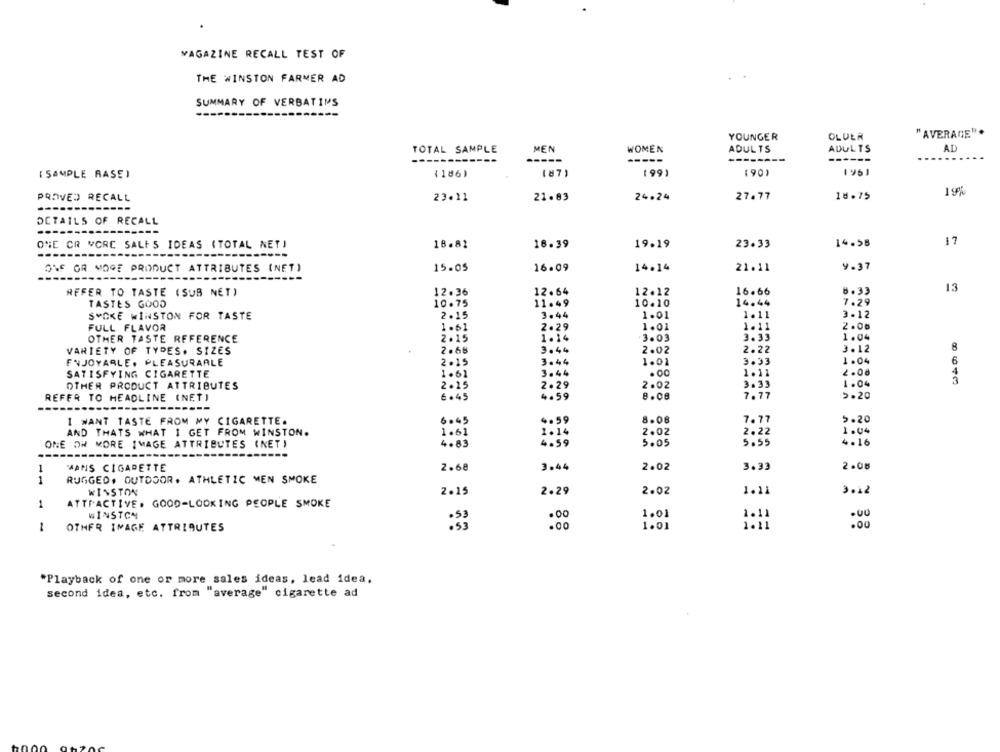
MAGAZINE RECALL TEST OF
THE WINSTON FARMER AD
SUMMARY OF VERBATIMS
---
YOUNGER
OLULA
"AVERAGE"
TOTAL SAMPLE
MEN
WOMEN
ADULTS
ADULTS
AD
---
---
[ SAMPLE RASE)
(186)
199
(90)
1961
24.24
18.75
1 5%
PROVED RECALL
23.11
21.83
27.77
--------
DETAILS OF RECALL
17
ONE OR MORE SALES IDEAS (TOTAL NET)
18.82
16.39
19.19
23.33
14.98
----
ONE OR MORE PRODUCT ATTRIBUTES (NET)
15.05
16.09
14.14
21.11
4.37
REFER TO TASTE (SUB NET)
12.36
12.64
12.12
16.66
8.33
13
7.29
TASTES GOOD
10.75
11.49
10.10
14.44
SMOKE WINSTON FOR TASTE
2.15
3.44
1.01
1.11
3- 12
FULL FLAVOR
1.6
2.29
1.01
1.11
2.00
OTHER TASTE REFERENCE
2.15
1.14
3.03
3.33
1.04
8
VARIETY OF TYDES. SIZES
2.68
3.44
2.02
2.22
3.12
ENJOYARLE. PLEASURABLE
2.1
3.44
1.01
9.33
1.04
6
SATISFYING CIGARETTE
1.61
3.44
.00
1.11
2.08
2.02
3.33
1.04
OTHER PRODUCT ATTRIBUTES
2.25
2.29
REFER TO HEADLINE (NET)
6.45
4.59
8.08
7.77
5.20
----
I WANT TASTE FROM MY CIGARETTE.
6.45
.. 59
8.08
7.77
5.20
AND THATS WHAT I GET FROM WINSTON.
1.61
1.14
2.02
2.22
1.04
ONE OR MORE IMAGE ATTRIBUTES (NET)
4.83
5.05
5.55
4.16
4.59
MANS CIGARETTE
3.44
2.02
3.33
2.08
1
2.68
1
RUGGED. OUTDOOR. ATHLETIC MEN SMOKE
WINSTON
2.15
2.29
2.02
1.11
3.12
1
ATTRACTIVE. GOOD-LOOKING PEOPLE SMOKE
WINSTON
.00
1.01
1.11
OTHER IMAGE ATTRIBUTES
: 53
.00
1.01
1.11
.00
1
*Playback of one or more sales ideas, lead idea,
second idea, etc. from "average" cigarette ad